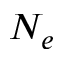
N _ { e }